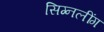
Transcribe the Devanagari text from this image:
सिग्नलींग